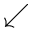
\swarrow